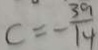
C = - \frac { 3 9 } { 1 4 }